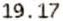
19.17